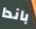
باندا